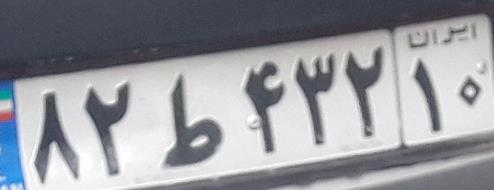
۸۲ط۴۳۲۱۰